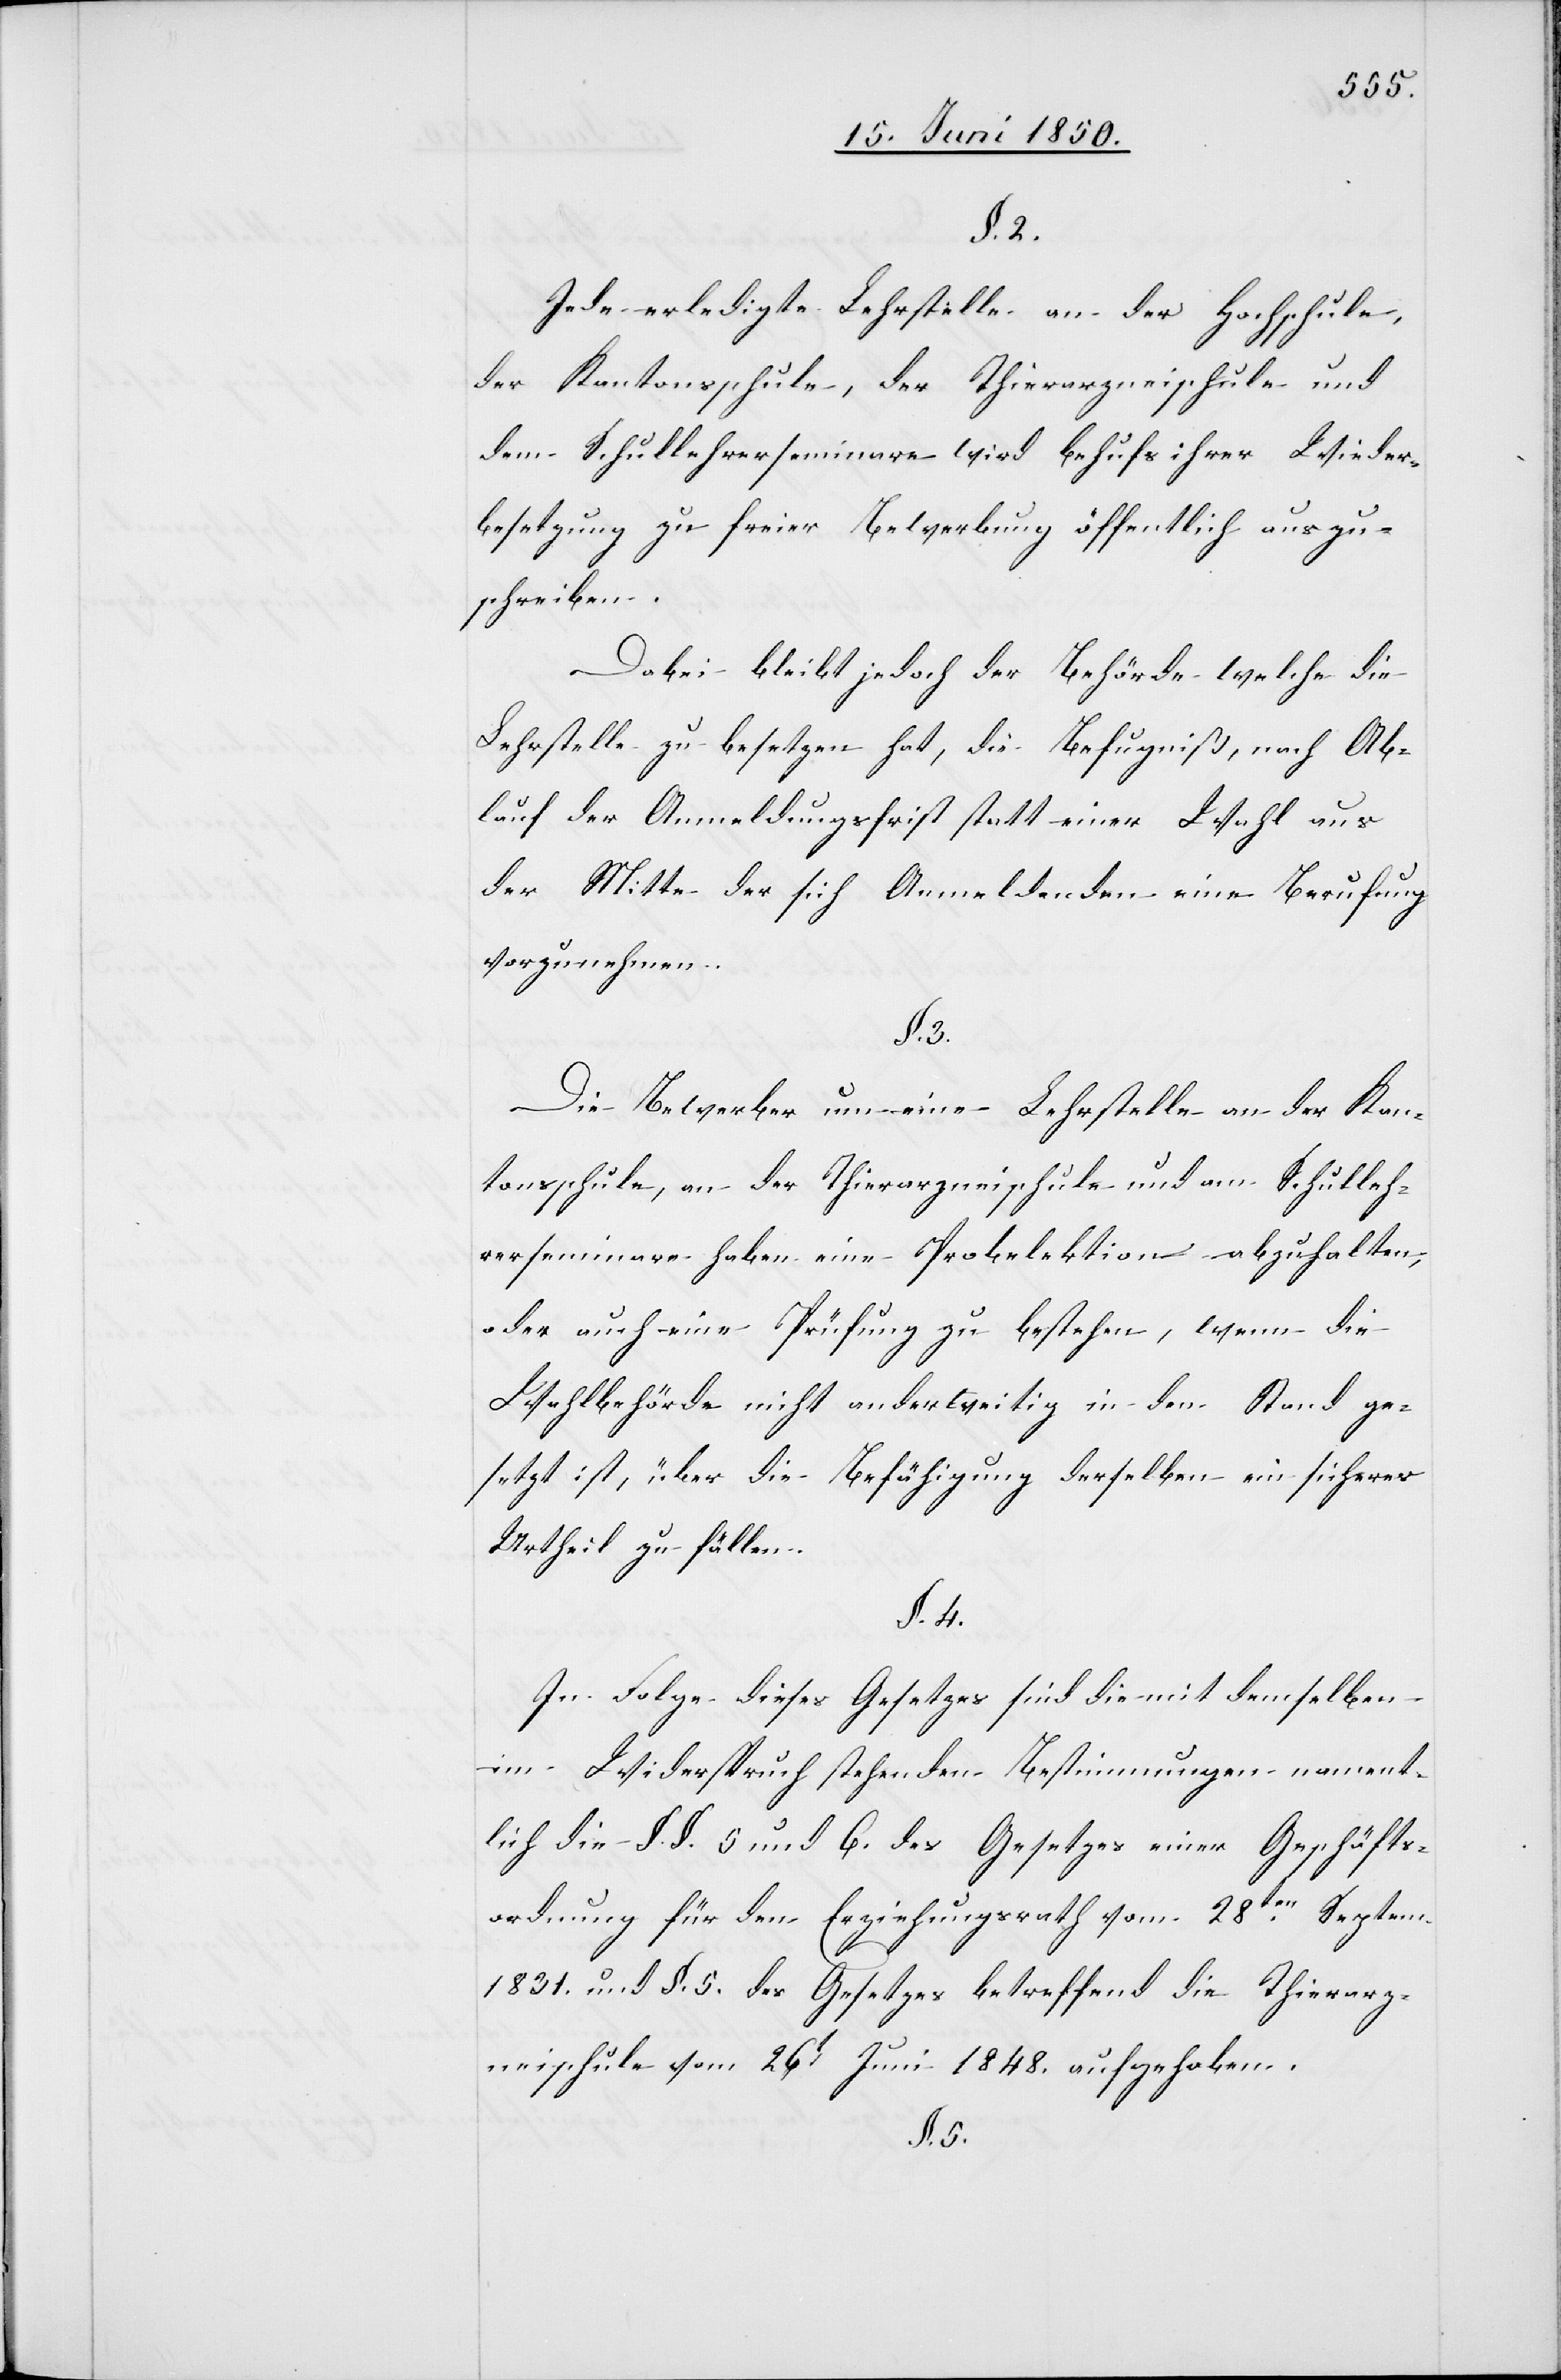
§. 2.
Jede erledigte Lehrstelle an der Hochschule,
der Kantonsschule, der Thierarzneischule und
dem Schullehrerseminare wird behufs ihrer Wieder¬
besetzung zu freier Bewerbung öffentlich auszu¬
schreiben
Dabei bleibt jedoch der Behörde welche die
Lehrstelle zu besetzen hat, die Befugniß, nach Ab¬
lauf der Anmeldungsfrist statt einer Wahl aus
der Mitte der sich anmeldenden eine Berufung
vorzunehmen.
§. 3.
Die Bewerber um eine Lehrstelle an der Kan¬
tonsschule, an der Thierarzneischule und am Schulleh¬
rerseminare haben eine Probelektion abzuhalten,
oder auch eine Prüfung zu bestehen, wenn die
Wahlbehörde nicht anderweitig in den Stand ge¬
setzt ist, über die Befähigung derselben ein sicheres
Urtheil zu fällen.
§. 4.
In Folge dieses Gesetzes sind die mit demselben
im Widerspruch stehenden Bestimmungen nament¬
lich die §. §. 5 und 6. des Gesetzes einer Geschäfts¬
ordnung für den Erziehungsrath vom 28ten Septem.
1831. und §. 5. des Gesetzes betreffend die Thierarz¬
neischule vom 26t Juni 1848. aufgehoben.
§. 5.